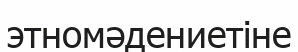
этномәдениетіне